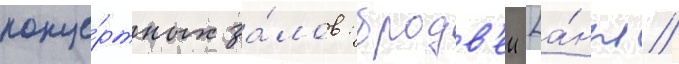
конце́ртных за́лов: бродв'еи [а́нгл.